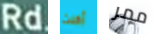
Rd أكلت ممر